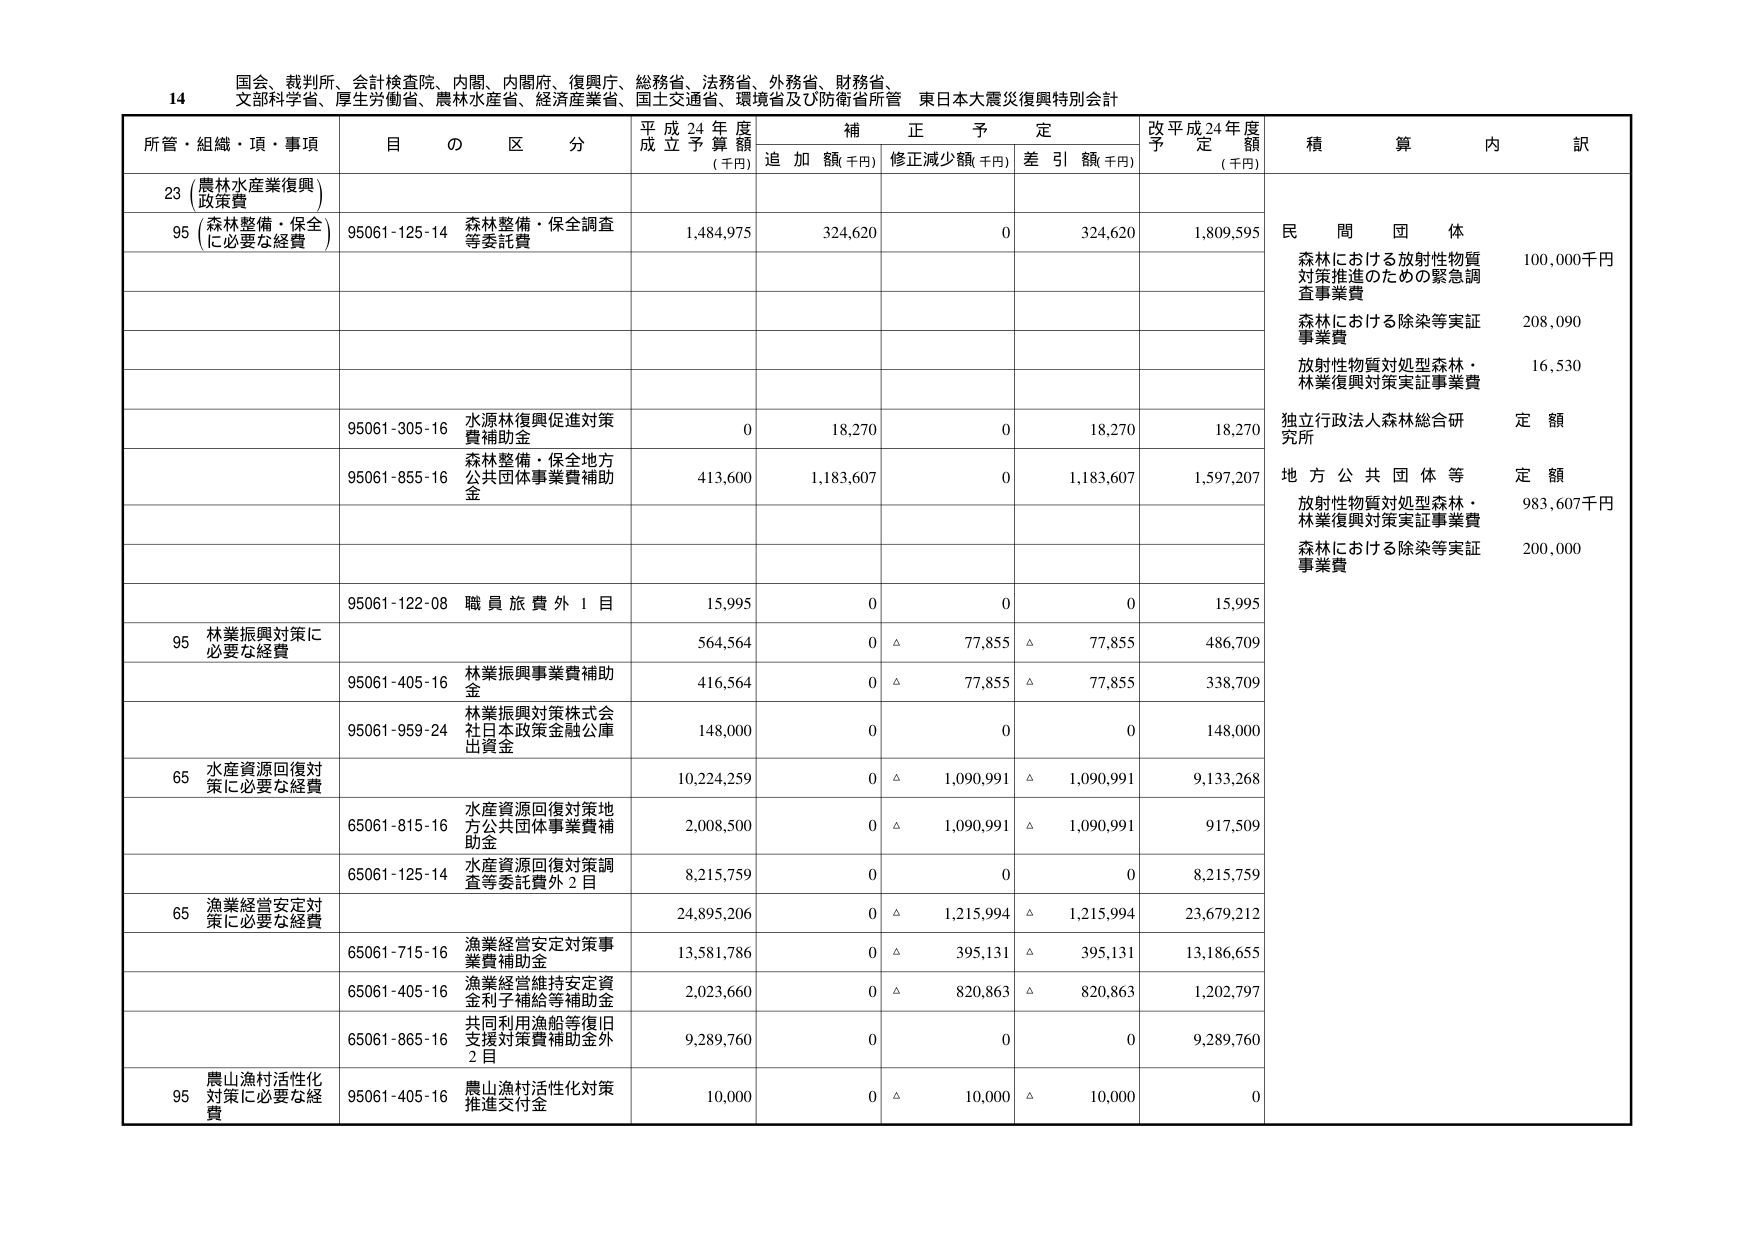
14 国会、裁判所、会計検査院、内閣、内閣府、復興庁、総務省、法務省、外務省、財務省、
文部科学省、厚生労働省、農林水産省、経済産業省、国土交通省、環境省及び防衛省所管 東日本大震災復興特別会計

所管・組織・項・事項 目 の 区 分 平成24年度 成立予算額 (千円) 補正予定 追加額(千円) 修正減少額(千円) 差引額(千円) 改平成24年度 予定額 (千円) 積算内訳

23 (農林水産業復興) 政策費
95 (森林整備・保全 に必要な経費) 95061-125-14 森林整備・保全調査等委託費 1,484,975 324,620 0 324,620 1,809,595 民間団体
森林における放射性物質対策推進のための緊急調査事業費 100,000千円
森林における除染等実証事業費 208,090
放射性物質対処型森林・林業復興対策実証事業費 16,530
95061-305-16 水源林復興促進対策費補助金 0 18,270 0 18,270 18,270 独立行政法人森林総合研究所 定額
95061-855-16 森林整備・保全地方公共団体事業費補助金 413,600 1,183,607 0 1,183,607 1,597,207 地方公共団体等 定額
放射性物質対処型森林・林業復興対策実証事業費 983,607千円
森林における除染等実証事業費 200,000
95061-122-08 職員旅費外1目 15,995 0 0 0 15,995
95 林業振興対策に必要な経費 564,564 0 △ 77,855 △ 77,855 486,709
95061-405-16 林業振興事業費補助金 416,564 0 △ 77,855 △ 77,855 338,709
95061-959-24 林業振興対策株式会社日本政策金融公庫出資金 148,000 0 0 0 148,000
65 水産資源回復対策に必要な経費 10,224,259 0 △ 1,090,991 △ 1,090,991 9,133,268
65061-815-16 水産資源回復対策地方公共団体事業費補助金 2,008,500 0 △ 1,090,991 △ 1,090,991 917,509
65061-125-14 水産資源回復対策調査等委託費外2目 8,215,759 0 0 0 8,215,759
65 漁業経営安定対策に必要な経費 24,895,206 0 △ 1,215,994 △ 1,215,994 23,679,212
65061-715-16 漁業経営安定対策事業費補助金 13,581,786 0 △ 395,131 △ 395,131 13,186,655
65061-405-16 漁業経営維持安定資金利子補給等補助金 2,023,660 0 △ 820,863 △ 820,863 1,202,797
65061-865-16 共同利用漁船等復旧支援対策費補助金外2目 9,289,760 0 0 0 9,289,760
95 農山漁村活性化対策に必要な経費 95061-405-16 農山漁村活性化対策推進交付金 10,000 0 △ 10,000 △ 10,000 0